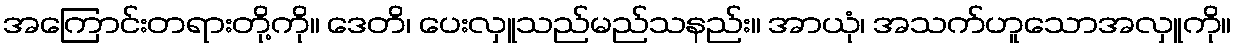
အကြောင်းတရားတို့ကို။ ဒေတိ၊ ပေးလှူသည်မည်သနည်း။ အာယုံ၊ အသက်ဟူသောအလှူကို။